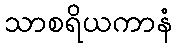
သာစရိယကာနံ